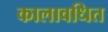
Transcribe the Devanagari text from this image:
कालावधित